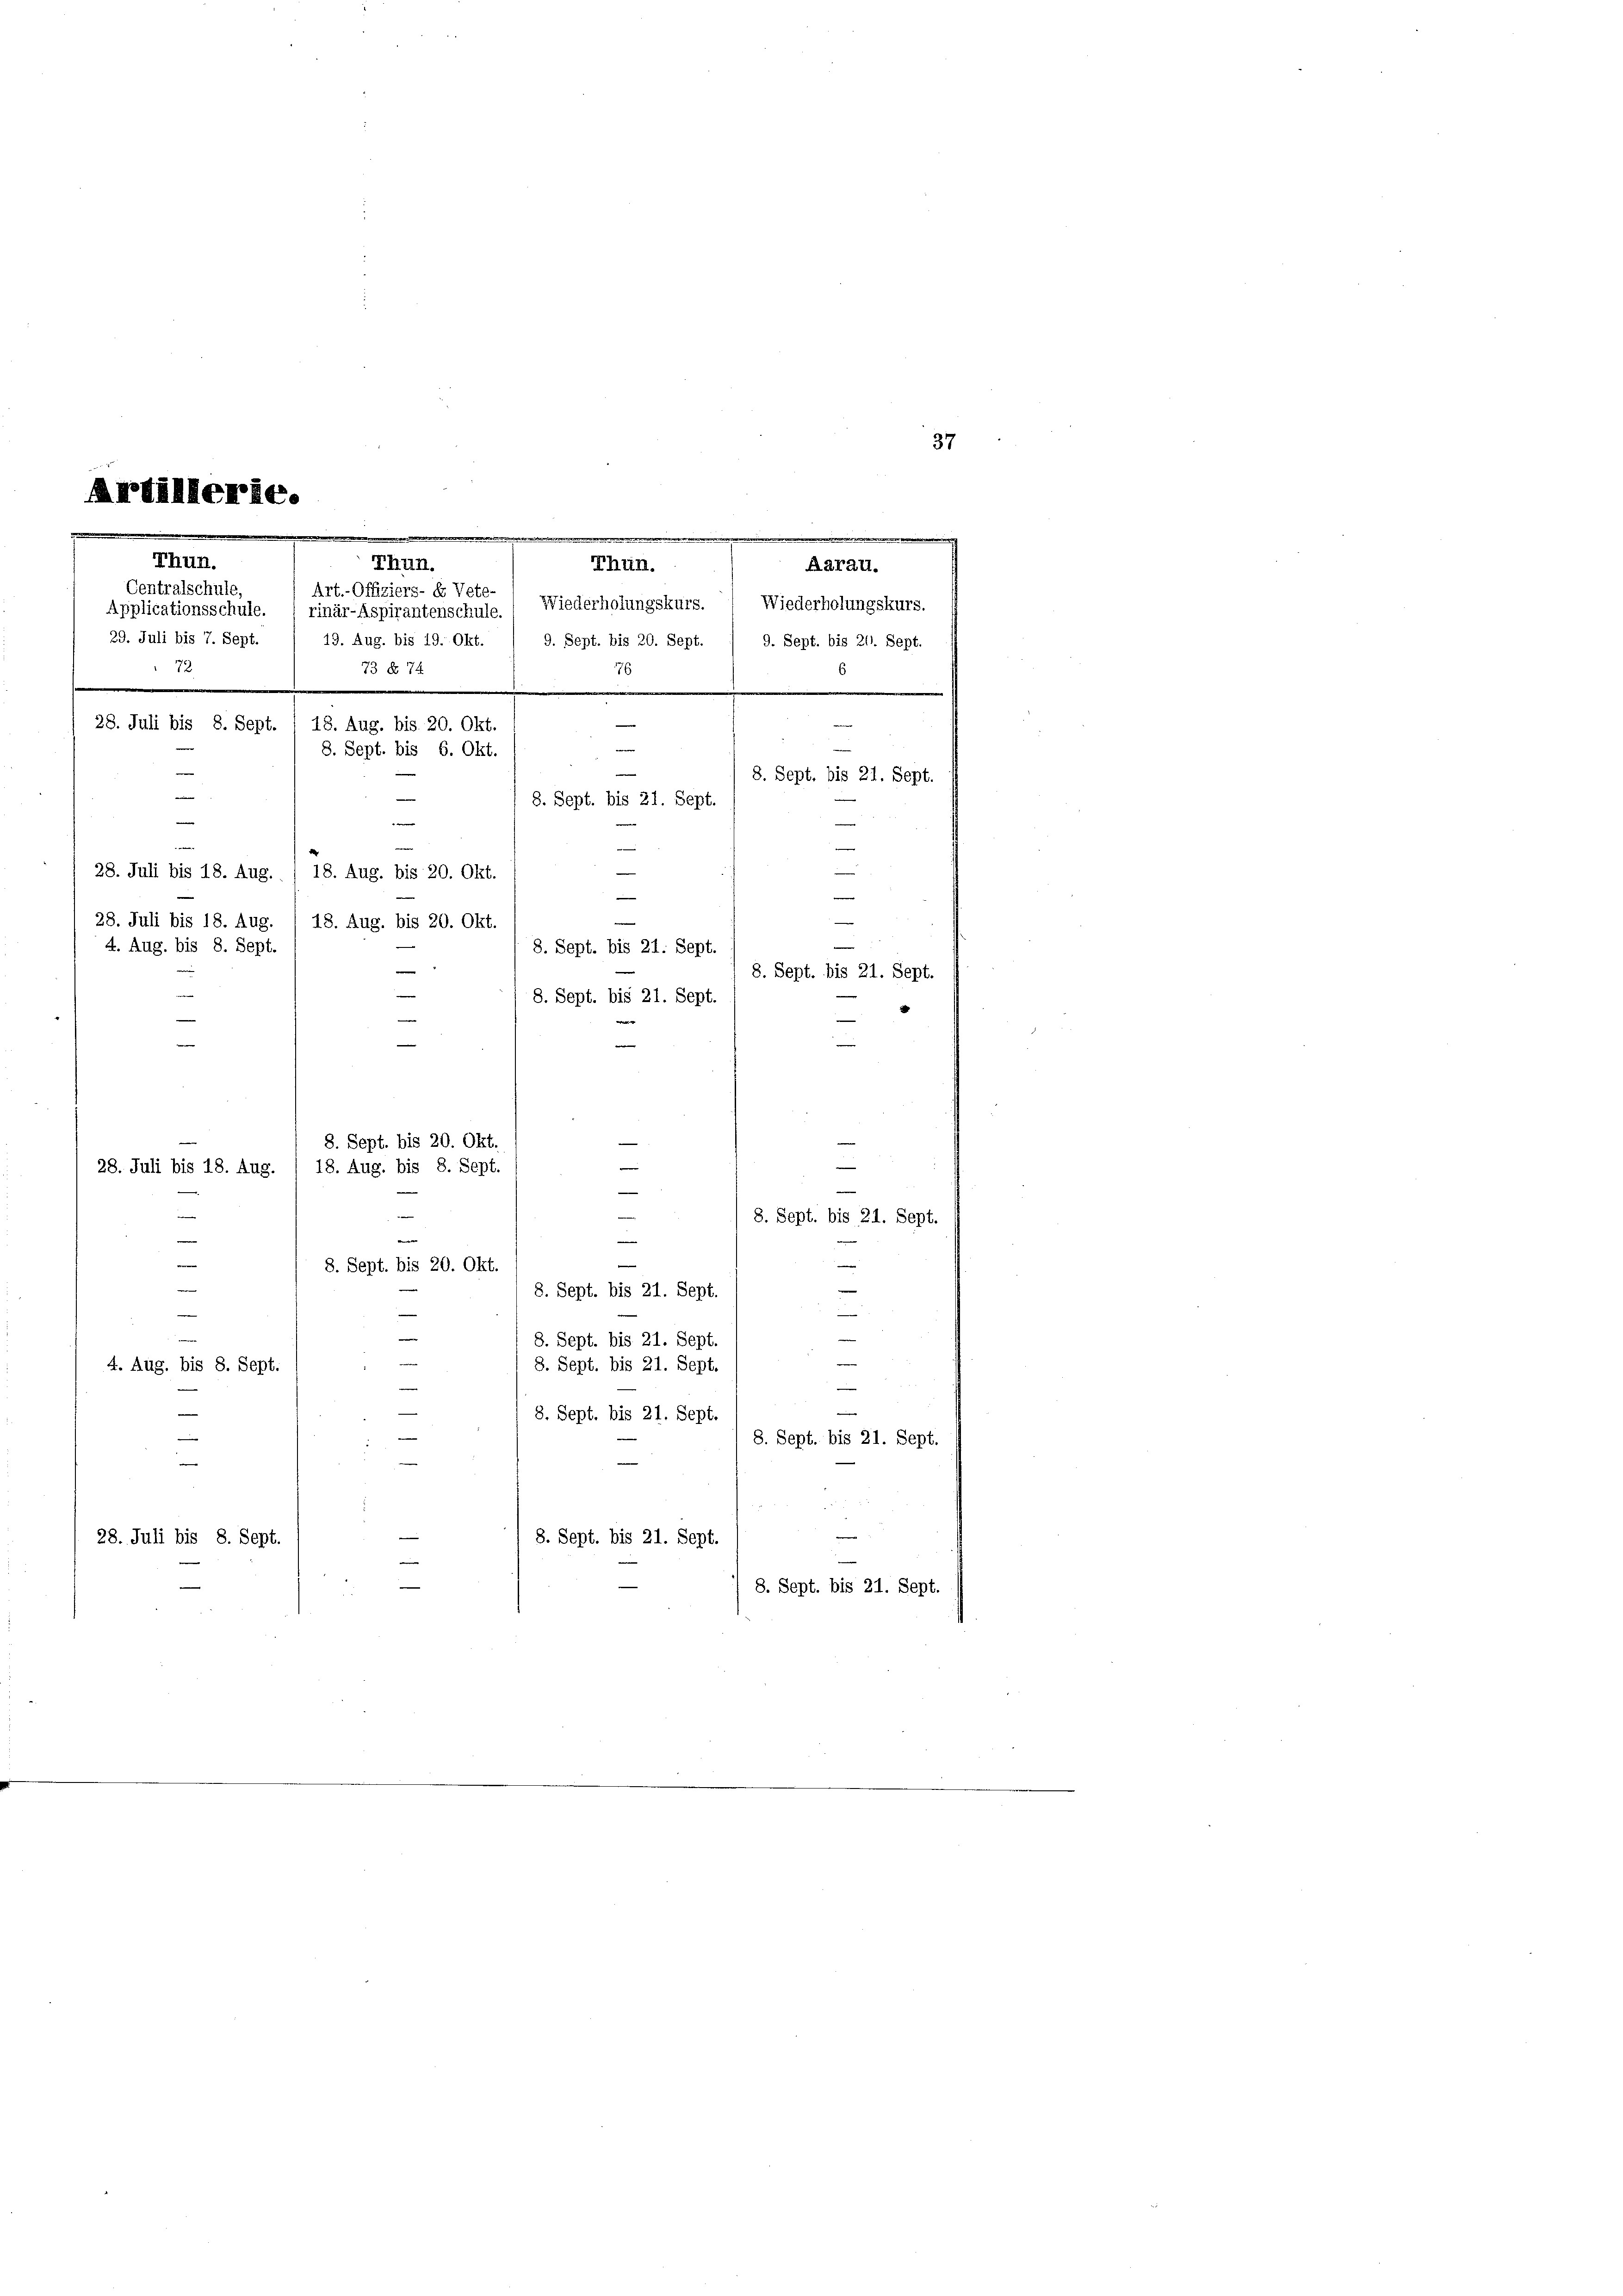
Artillerit.
.
Thun.
Thun.
Thun.
Centralschule
Art.- Offiziers- E Vete-
Applicationsschule. ( rinär-Aspirantenschule. Wiederholungskurs. Wiederholungskurs.

37
29. Juli bis 7. Sept.
19. Aug. bis 19. Okt. 1 9. Sept. bis 20. Sept. 1 9. Sept. bis 211. Sept.
72
73 § 74
76
e
f
6
.
.
.
.

28. Juli bis 8. Sept

e

e
18. Aug. bis 20. Okt.
8. Sept. bis 6. Okt.

8. Sept. bis 21. Sept.
e
e
28. Juli bis 18. Aug. / 18. Aug. bis 20. Okt.

e
Aarau.

28. Juli bis 18. Aug. 1 18. Aug. bis 20. Okt.
4. Aug. bis 8. Sept.
¬
8. Sept. bis 21. Sept.
—
e
28. Juli bis 18. Aug.
2
—
n
n
e
e
8. Sept. bis 21. Sept.

—
8. Sept. bis 21. Sept.
8. Sept. bis 21. Sept.
4. Aug. bis 8. Sept.
n
.
8. Sept. bis 21. Sept
8. Sept. bis 21. Sept.
i
28. Juli bis 8. Sept.
8. Sept. bis 21. Sept.
—
8. Sept. bis 21. Sept.

e
8. Sept. bis 20. Okt.
e
—

18. Aug. bis 8. Sept.
8. Sept. bis 21. Sept.
e
8. Sept. bis 20. Okt.

e
8. Sept. bis 21. Sept.

8. Sept. bis 21. Sept.
e
e
.
e
i
8. Sept. bis 21. Sept.